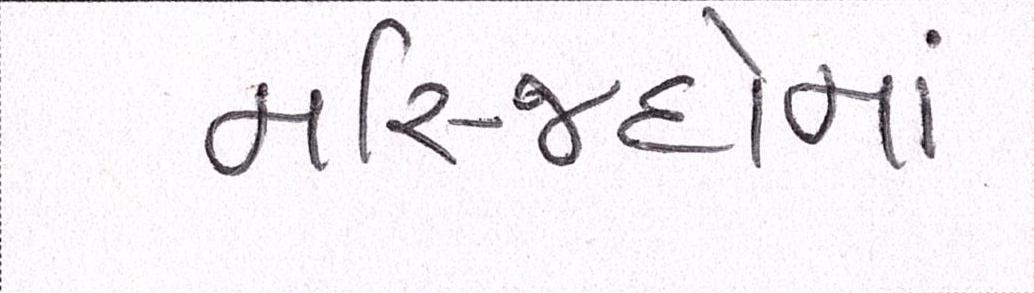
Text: મસ્જિદોમાં